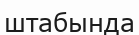
штабында